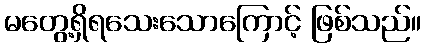
မတွေ့ရှိရသေးသောကြောင့် ဖြစ်သည်။